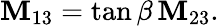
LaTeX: {\cal\mathbf{M}}_{13}=\tan\beta\, {\cal\mathbf{M}}_{23}.